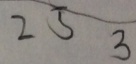
2 5 3